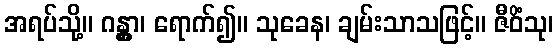
အရပ်သို့။ ဂန္တွာ၊ ရောက်၍။ သုခေန၊ ချမ်းသာသဖြင့်။ ဇီဝိံသု၊